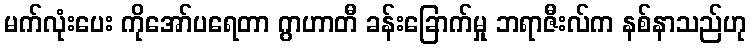
မက်လုံးပေး ကိုအော်ပရေတာ ဂွာဟာတီ ခန်းခြောက်မှု ဘရာဇီးလ်က နစ်နာသည်ဟု